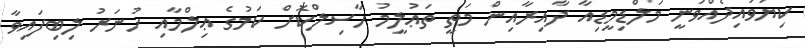
ކިޔަވައިދެއްވަނީ މަލްޑިމީޑިއާ ދާއިރާއިން މަތީ ތަޢުލީމު ހާސިލްކޮށް ކަމުގެ ޢިލްމާއި ހުނަރު ލިބިފައިވާ